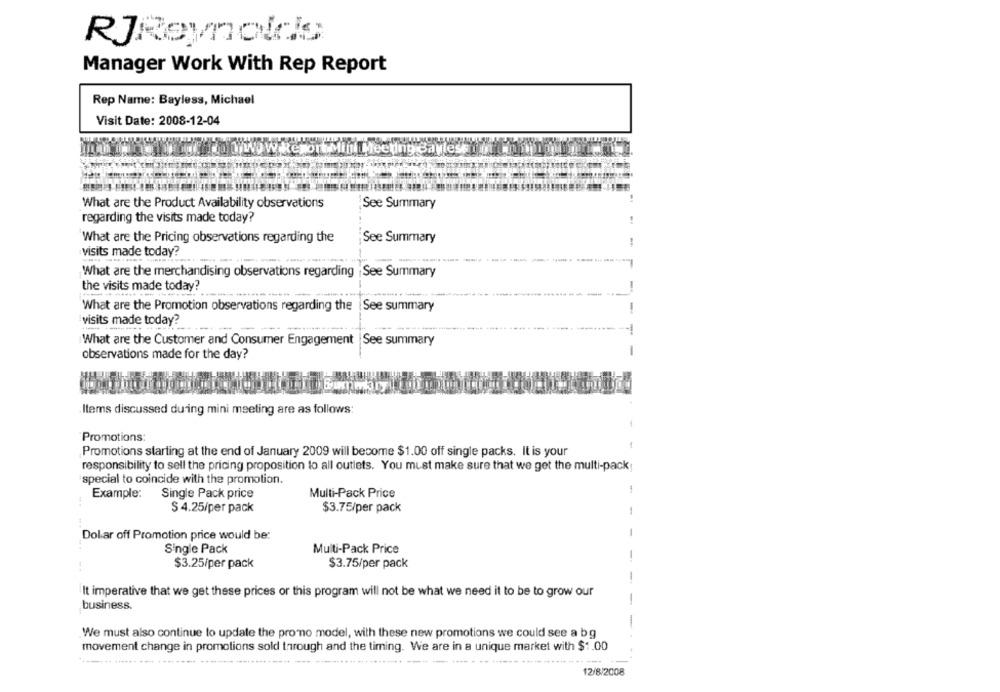
RJReynoldis
Manager Work With Rep Report
Rep Name: Bayless, Michael
Visit Date: 2008-12-04
What are the Product Availability observations
See Summary
regarding the visits made today?
What are the Pricing observations regarding the
¡See Summary
visits made today?
What are the merchandising observations regarding See Summary
the visits made today?
--
What are the Promotion observations regarding the See summary
visits made today?
-
What are the Customer and Consumer Engagement | See summary
-
observations made for the day?
Items discussed during mini meeting are as follows
Promotions:
Promotions starting at the end of January 2009 will become $1.00 off single packs. It is your
responsibility to sell the pricing proposition to all outlets. You must make sure that we get the multi-pack
special to coincide with the promotion.
Example:
Example: Single Pack price
Multi-Pack Price
$ 4.25/per pack
$3.75/per pack
-
Dolar off Promotion price would be:
Single Pack
Multi-Pack Price
$3.25/per pack
$3.75/per pack
-
It imperative that we get these prices or this program will not be what we need it to be to grow our
business.
-
We must also continue to update the promo model, with these new promotions we could see a bg
movement change in promotions sold through and the timing. We are in a unique market with $1.00
---
12/8/2008